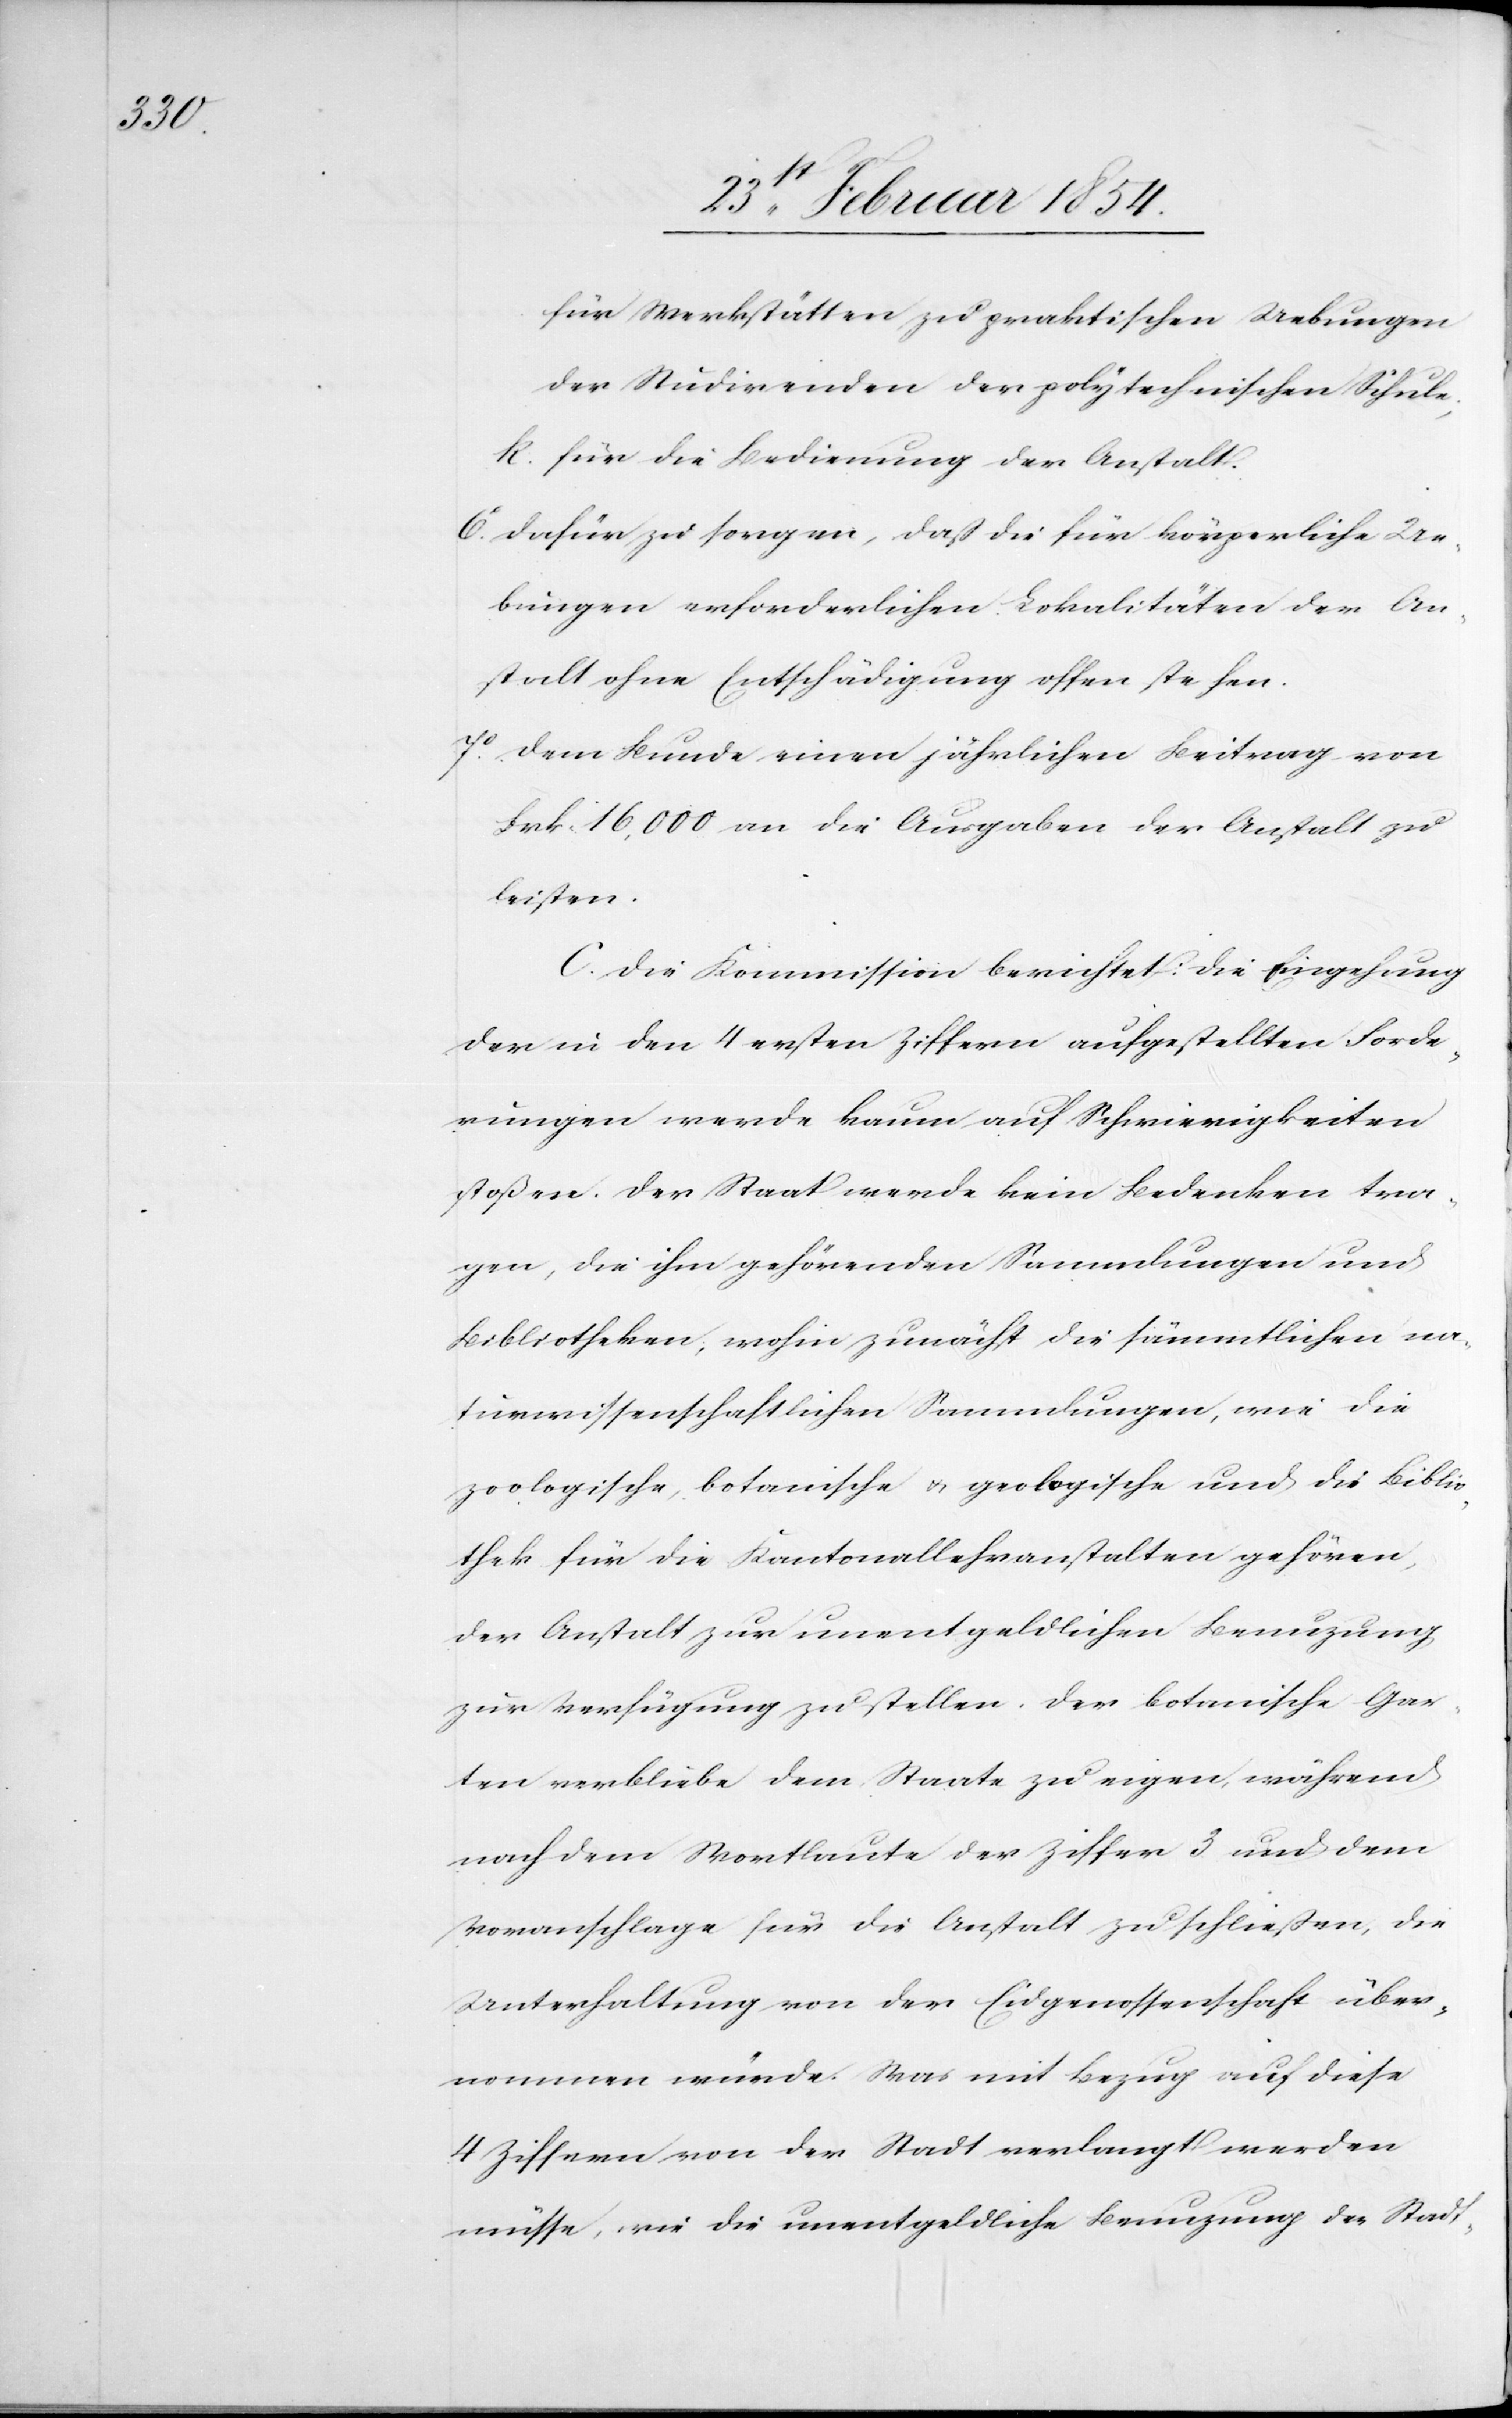
für Werkstätten zu praktischen Uebungen
der Studirenden der polytechnischen Schule,
k. für die Bedienung der Anstalt.
6o dafür zu sorgen, daß die für körperliche Ue¬
bungen erforderlichen Lokalitäten der An¬
stalt ohne Entschädigung offen stehen.
7o dem Bunde einen jährlichen Beitrag von
Frk. 16, 000 an die Ausgaben der Anstalt zu
leisten.
C. Die Kommission berichtet: Die Eingehung
der in den 4 ersten Ziffern aufgestellten Forde¬
rungen werde kaum auf Schwierigkeiten
stoßen. Der Staat werde kein Bedenken tra¬
gen, die ihm gehörenden Sammlungen und
Bibliotheken; wohin zunächst die sämmtlichen na¬
turwissenschaftlichen Sammlungen, wie die
zoologische, botanische u. geologische und die Biblio¬
thek für die Kantonallehranstalten gehören,
der Anstalt zur unentgeldlichen Benuzung
zur Verfügung zu stellen. Der botanische Gar¬
ten verbliebe dem Staate zu eigen, während
nach dem Wortlaute der Ziffer 3. und dem
Voranschlage für die Anstalt zu schließen, der
Unterhaltung von der Eidgenossenschaft über¬
nommen würde. Was mit Bezug auf diese
4 Ziffern von der Stadt verlangt werden
müsse, wie die unentgeldliche Benuzung der Stadt-